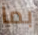
بما